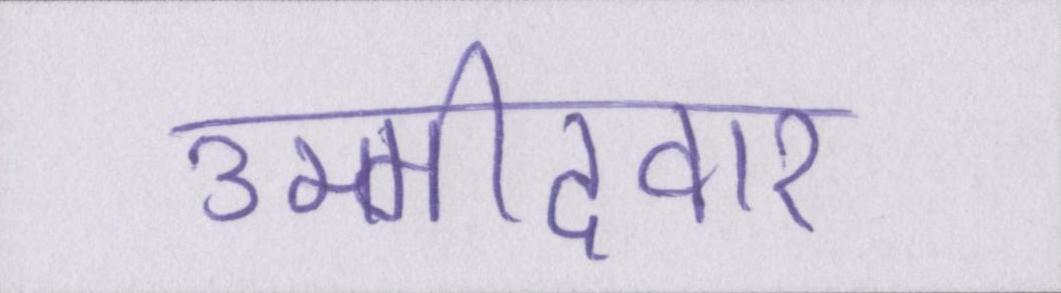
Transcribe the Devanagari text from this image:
उम्मीदवार